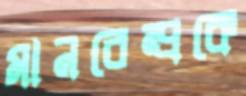
মানবেন্দ্রকে